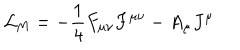
{ \cal L } _ { \mathrm { M } } = - \frac { 1 } { 4 } F _ { \mu \nu } F ^ { \mu \nu } - A _ { \mu } J ^ { \mu }